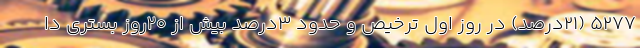
۵۲۷۷ (۲۱درصد) در روز اول ترخیص و حدود ۳درصد بیش از ۲۰روز بستری دا